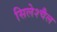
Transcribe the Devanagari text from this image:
सिलेश्चैल